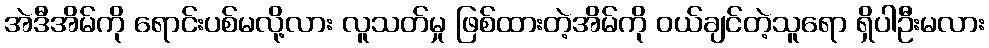
အဲဒီအိမ်ကို ရောင်းပစ်မလို့လား လူသတ်မှု ဖြစ်ထားတဲ့အိမ်ကို ဝယ်ချင်တဲ့သူရော ရှိပါဦးမလား